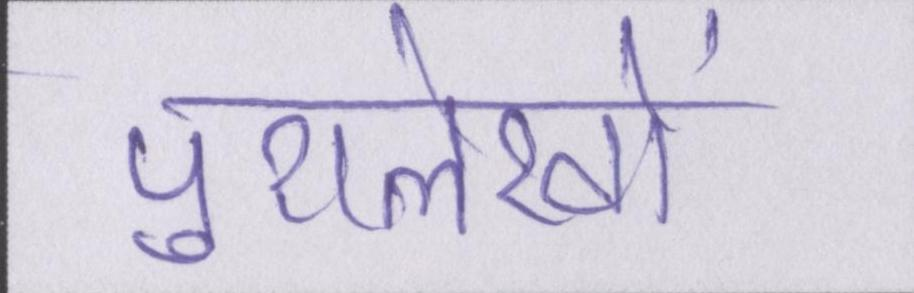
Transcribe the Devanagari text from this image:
पुरालेखों